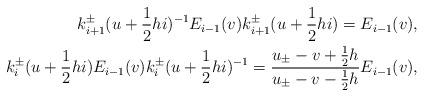
LaTeX: \begin{align*} k_{i+1}^{\pm}(u+\frac{1}{2}hi)^{-1}E_{i-1}(v)k_{i+1}^{\pm}(u+\frac{1}{2}hi)=E_{i-1}(v),\\ k_{i}^{\pm}(u+\frac{1}{2}hi)E_{i-1}(v)k_{i}^{\pm}(u+\frac{1}{2}hi)^{-1}=\frac{u_{\pm}-v+\frac{1}{2}h}{u_{\pm}-v-\frac{1}{2}h}E_{i-1}(v),\end{align*}